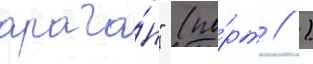
арага́н" (по́рт // )